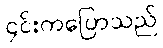
၄င်းကပြောသည်